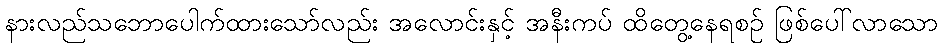
နားလည်သဘောပေါက်ထားသော်လည်း အလောင်းနှင့် အနီးကပ် ထိတွေ့နေရစဉ် ဖြစ်ပေါ်လာသော